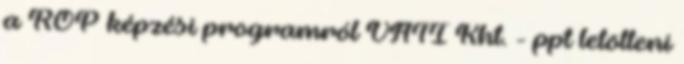
a ROP képzési programról VÁTI Kht. - ppt letölteni